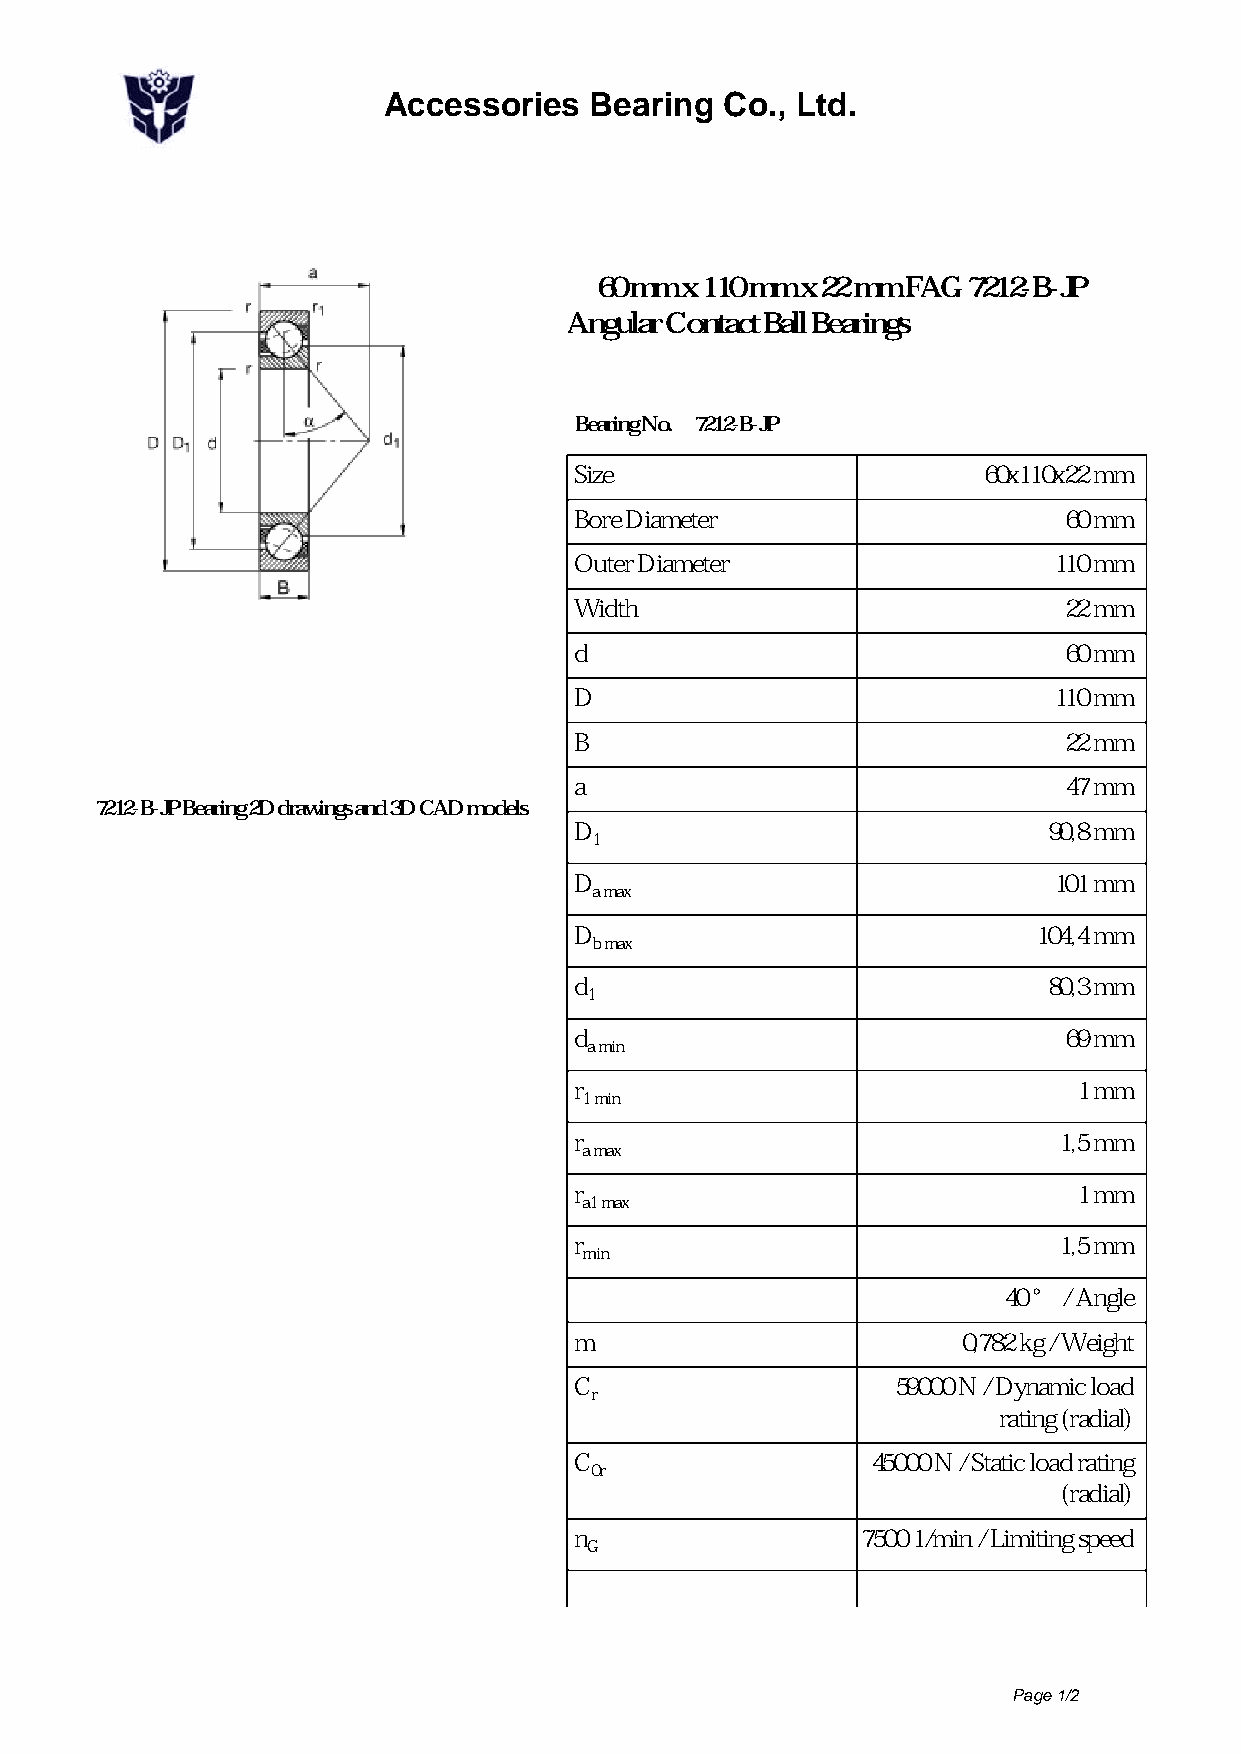
Accessories   Bearing  Co., Ltd.
 60 mm x 110 mm x 22 mm FAG 7212-B-JP
 Angular Contact Ball Bearings
 Bearing No. 7212-B-JP
 Size                       60x110x22 mm
 Bore Diameter                   60 mm
 Outer Diameter                  110 mm
 Width                           22 mm
 d                               60 mm
 D                               110 mm
 B                               22 mm
 a                               47 mm
 7212-B-JP Bearing 2D drawings and 3D CAD models
 D                              90,8 mm
 1
 D                               101 mm
 a max
 D                              104,4 mm
 b max
 d                              80,3 mm
 1
 d                               69 mm
 a min
 r                                1 mm
 1 min
 r                               1,5 mm
 a max
 r                                1 mm
 a1 max
 r                               1,5 mm
 min
 α                           40 ° / Angle
 m                         0,782 kg / Weight
 C                    59000 N / Dynamic load
 r
 rating (radial)
 C                   45000 N / Static load rating
 0r
 (radial)
 n                  7500 1/min / Limiting speed
 G
 Page 1/2